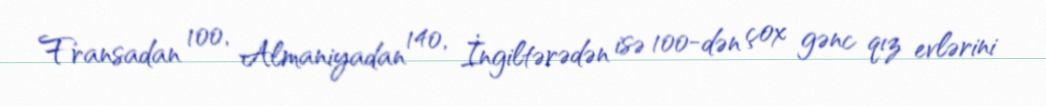
Fransadan 100, Almaniyadan 140, İngiltərədən isə 100-dən çox gənc qız evlərini